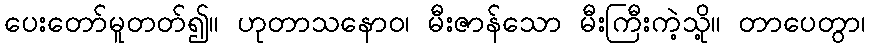
ပေးတော်မူတတ်၍။ ဟုတာသနောဝ၊ မီးဇာန်သော မီးကြီးကဲ့သို့။ တာပေတွာ၊